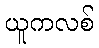
ယူကလစ်